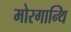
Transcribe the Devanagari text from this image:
मोरगान्थि